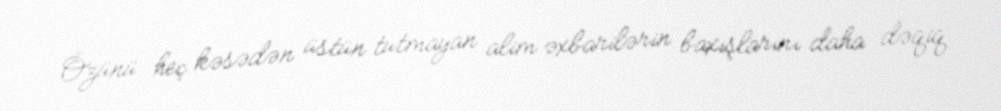
Özünü heç kəsədən üstün tutmayan alim əxbarilərin baxışlarını daha dəqiq